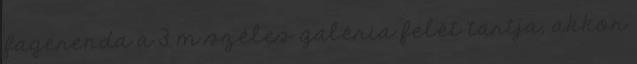
fagerenda a 3 m széles galéria felét tartja, akkor